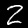
Label: 2